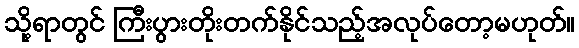
သို့ရာတွင် ကြီးပွားတိုးတက်နိုင်သည့်အလုပ်တော့မဟုတ်။